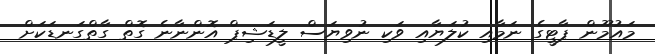
މައުމޫން ޕާޓީގެ ނަމާއި ކުލަޔާއި ވަކި ނުވިޔަސް ލީޑަޝިޕް އޮންނާނެ ގޮތް ގާތްގަނޑަކަށް